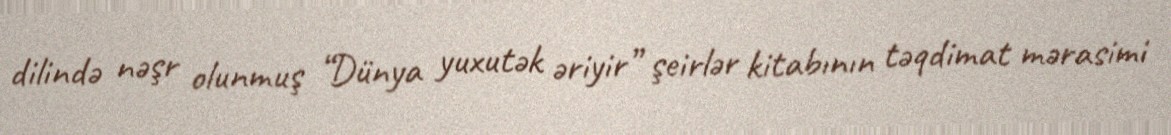
dilində nəşr olunmuş “Dünya yuxutək əriyir” şeirlər kitabının təqdimat mərasimi